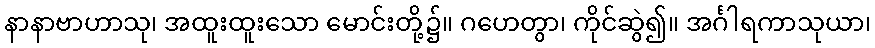
နာနာဗာဟာသု၊ အထူးထူးသော မောင်းတို့၌။ ဂဟေတွာ၊ ကိုင်ဆွဲ၍။ အင်္ဂါရကာသုယာ၊